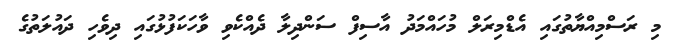
މި ރަސްމިއްޔާތުގައި އެޑްމިރަލް މުހައްމަދު އާސިފް ސަންދިލާ ދެއްކެވި ވާހަކަފުޅުގައި ދިވެހި ދައުލަތުގެ